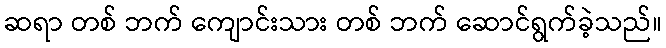
ဆရာ တစ် ဘက် ကျောင်းသား တစ် ဘက် ဆောင်ရွက်ခဲ့သည်။